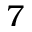
7